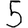
Digit: 5